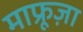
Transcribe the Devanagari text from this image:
माफ्रूज़ा